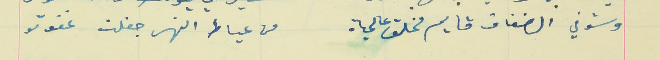
وشوفي الضفاف قايم مخلق عالمياه                          من عياط النهر جفلت غفوتو